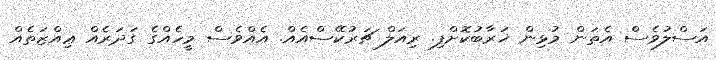
އަސްލުވެސް އެތަން މުޅިން ޚަރާބުކޮށްފި. ރިއަލް ޗަރުކޭސްއެއް. އެއްވެސް މީހެއްގެ ގަދަރެއް ޢިއްޒަތެއް